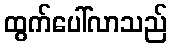
ထွက်ပေါ်လာသည်